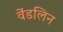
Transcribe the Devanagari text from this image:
वेंडलिन